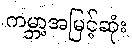
ကမ္ဘာ့အမြင့်ဆုံး